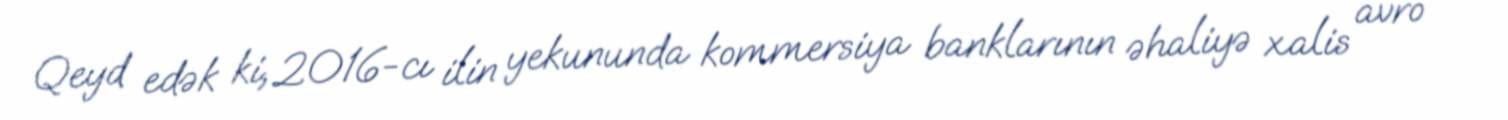
Qeyd edək ki, 2016-cı ilin yekununda kommersiya banklarının əhaliyə xalis avro